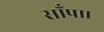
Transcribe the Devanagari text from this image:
साँपा।